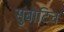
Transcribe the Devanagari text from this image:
सुबोटिच